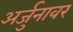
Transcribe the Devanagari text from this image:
अर्जुनावर